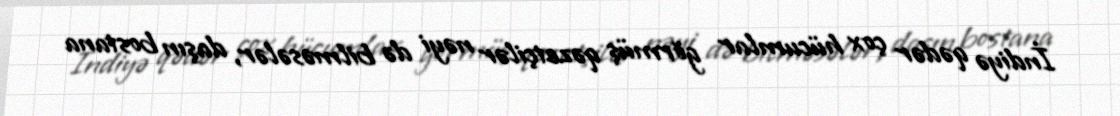
İndiyə qədər çox hücumlar görmüş qəzetçilər nəyi də bilməsələr, daşın bostana